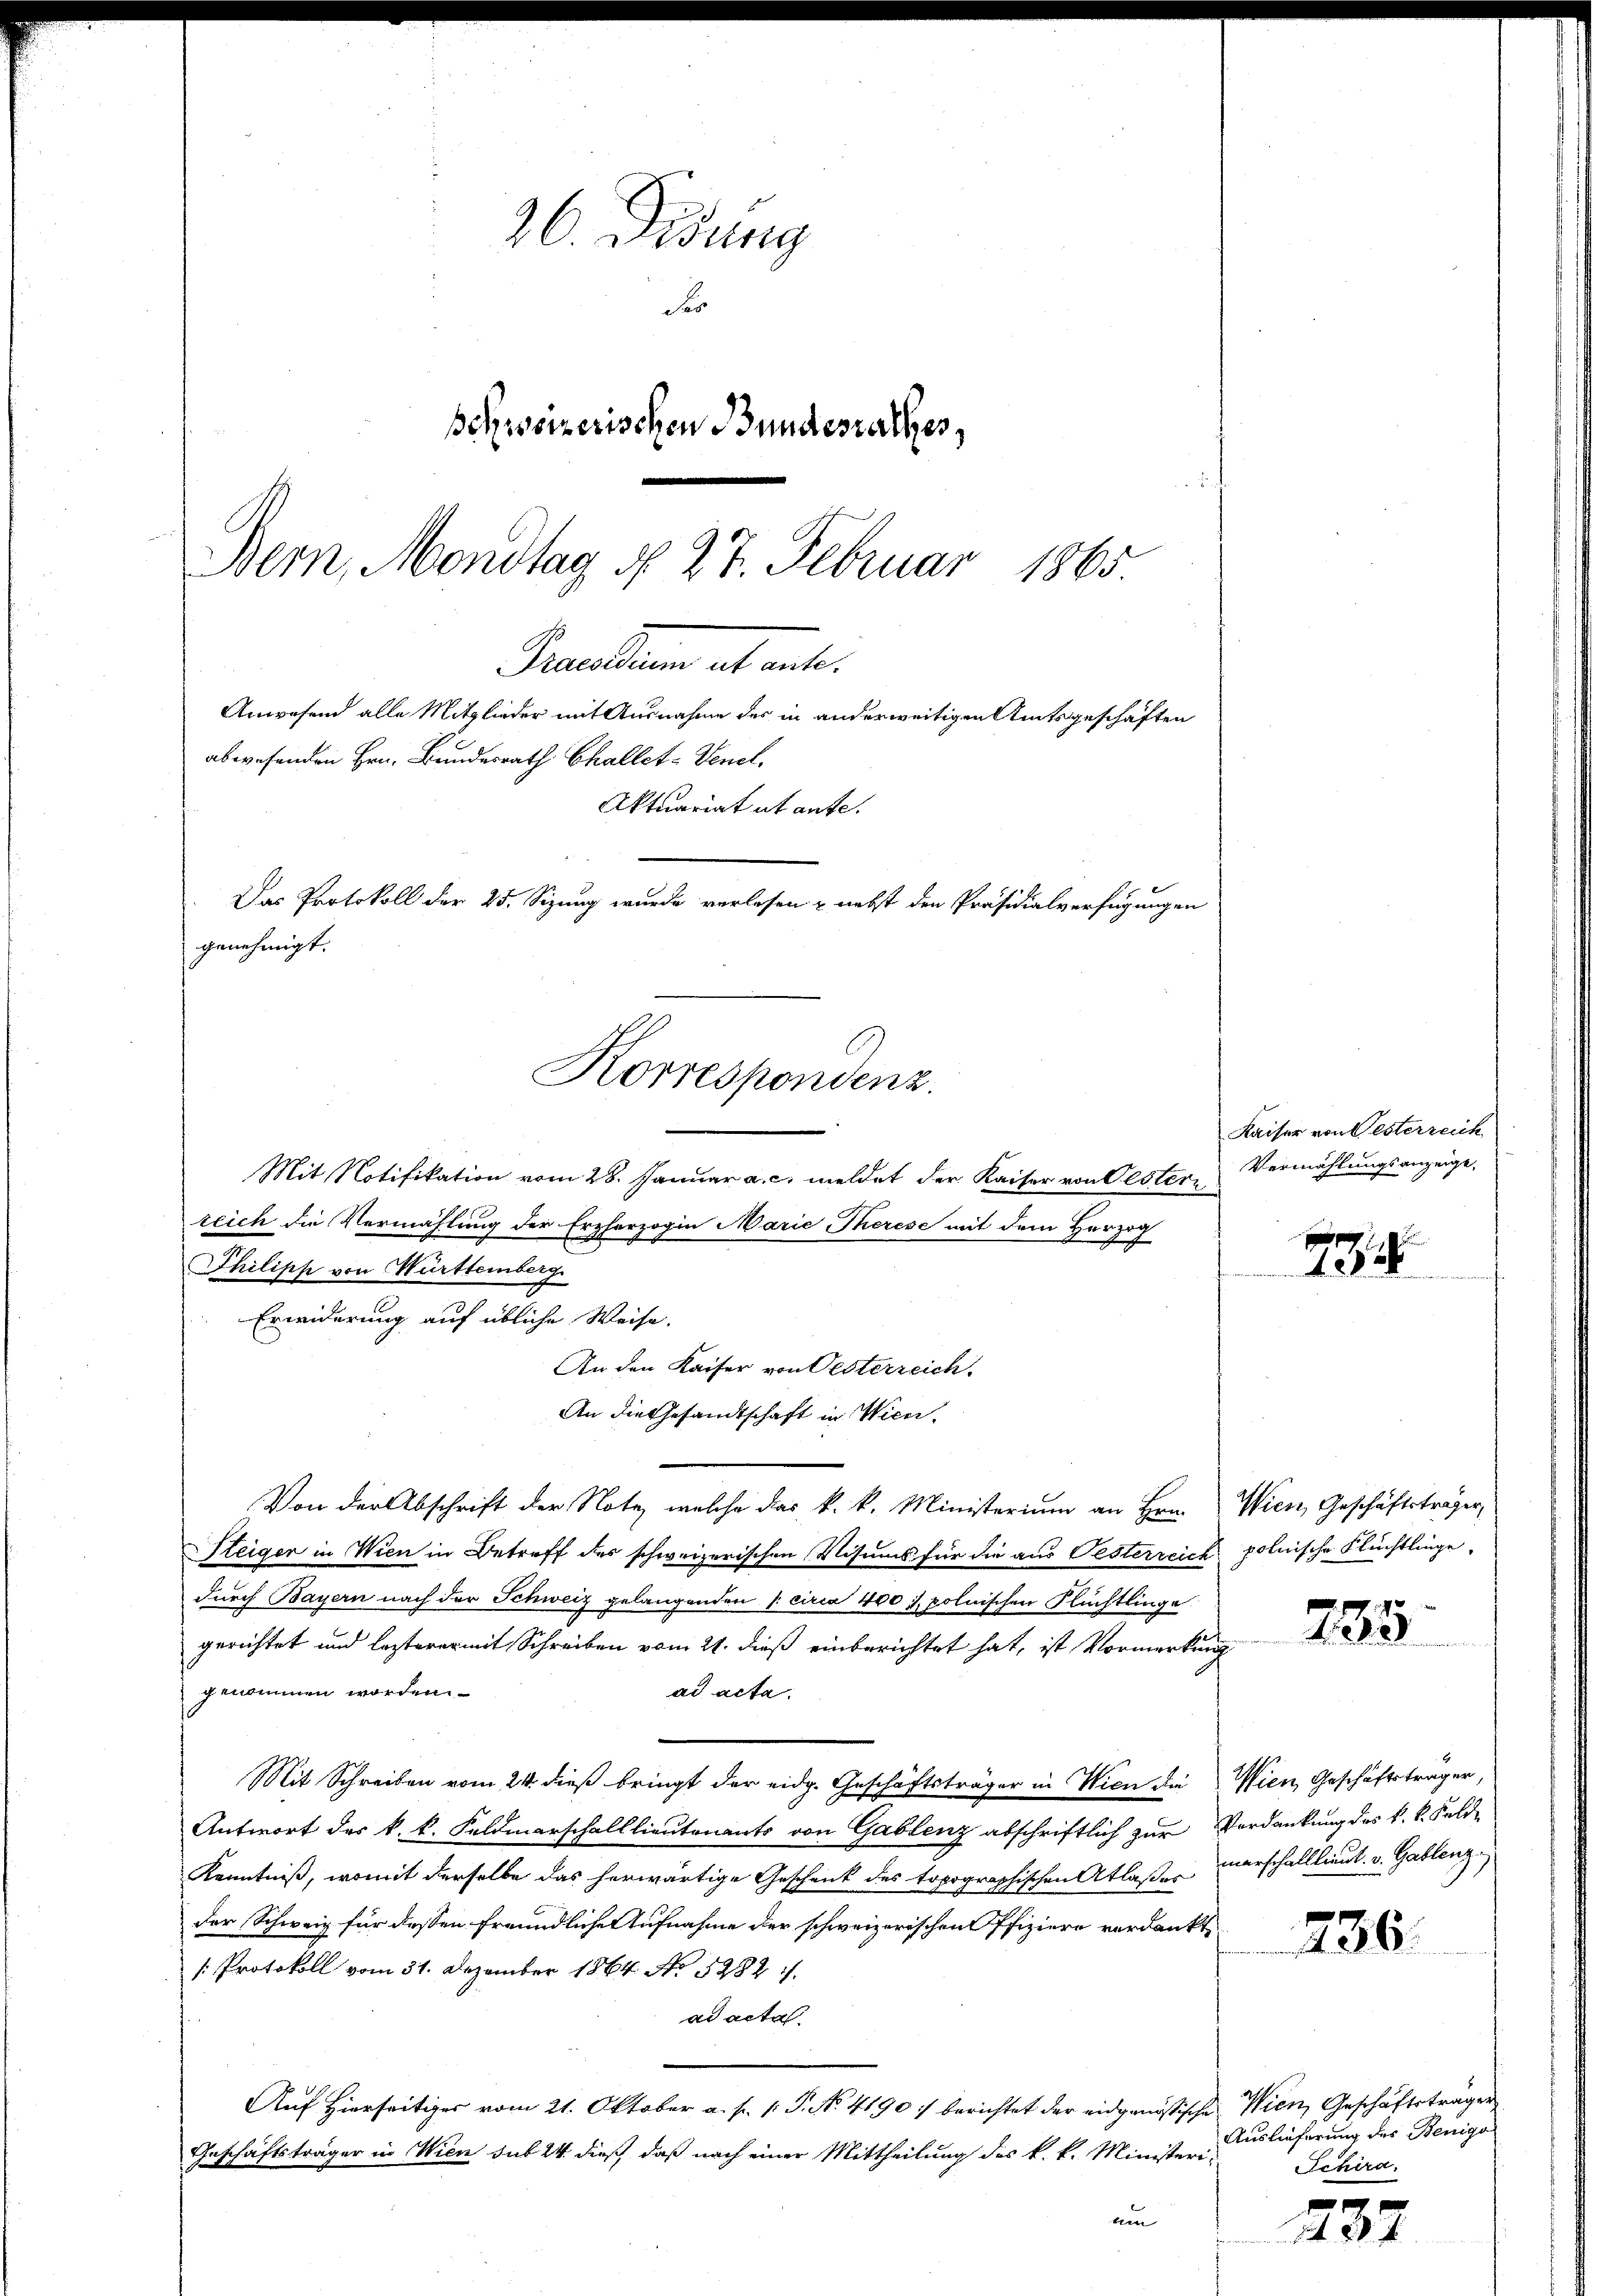
26. Didung
Fr
schweizerischen Bundesrathes,
Bern, Mondtag N. 27. Februar 1865.

Praesen et ent¬
Anwesend alle Mitglieder mit Ausnahme des in anderweitigen Amtsgeschäften
abwesenden Hrn. Bundesrath Challet-Venel.
Aktuariat utante.
Das Protokoll der 25. Sizung wurde verlesen & nebst den Präsidialverfügungen
genehmigt.

Mit Notifikation vom 28. Januar a. c. meldet der Kaiser von Oestern

reich die Vermählung der Erzherzogin Marie Therese mit dem Herzog
Philipp von Württemberg
Erwiderung auf übliche Weise.
An den Kaiser von Oesterreich.
An die Gesandtschaft in Wienr.
Von der Abschrift der Note, welche das k. k. Ministerium an Hrn. Wien, Geschäftsträger,
Steiger in Wien in Betreff des schweizerischen Visums für die aus Oesterreich polnische Flüchtlinge
durch Bayern nach der Schweiz gelangenden 1. circa 400 l. polnischen Flüchtlinge
gerichtet und lezterer mit Schreiben vom 21. dieß einberichtet hat, ist Vormerkung
genommen worden.
ad acta.
Mit Schreiben vom 24. dieß bringt der eidg. Geschäftsträger in Wien die Wien Geschäftsträger,
Antwort des k. k. Feldmarschalllieutenants von Gablenz abschriftlich zur Verdankung des k. k. Fold-
Kenntniß, womit derselbe das herwärtige Geschenk des topographischen Atlaße marschalllieut. v. Gablenz
der Schweiz für dessen freundliche Aufnahme der schweizerischen Offiziere verdankt,
[: Protokoll vom 31. Dezember 1864 No 5282 ./.
ad acta
Auf Hierseitiges vom 21. Oktober a. p. 1. P. No. 4190) berichtet der eidgenössische Wien, Geschäftsträger
Geschäftsträger in Wien sub 24 dieß, daß nach einer Mittheilung des k. k. Ministeri-
um

Korrespondenz.

Kaiser von Besterreich
Vermählungsanzeige,

738

785.

236.

Auslieferung des Benigs
Schira

237